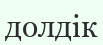
долдік